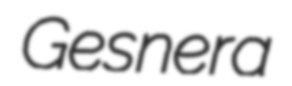
Gesnera